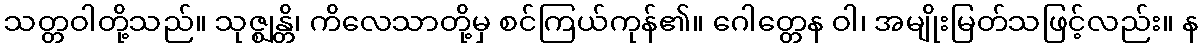
သတ္တဝါတို့သည်။ သုဇ္ဈန္တိ၊ ကိလေသာတို့မှ စင်ကြယ်ကုန်၏။ ဂေါတ္တေန ဝါ၊ အမျိုးမြတ်သဖြင့်လည်း။ န